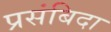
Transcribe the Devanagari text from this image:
प्रसंबिदा